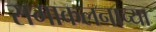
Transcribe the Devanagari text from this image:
समाकलनाच्या